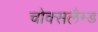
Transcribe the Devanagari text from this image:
चोक्सलैम्ड